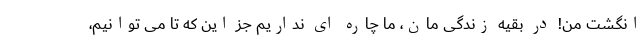
انگشت من! در بقیه زندگی مان، ما چاره ای نداریم جز این که تا می توانیم،